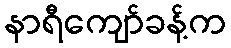
နာရီကျော်ခန့်က